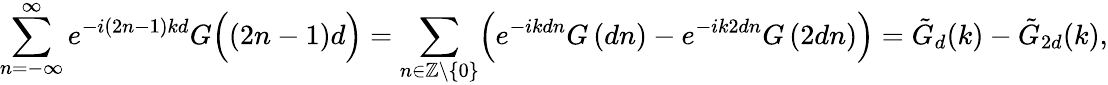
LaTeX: \sum_{n=-\infty}^{\infty}e^{-i(2n-1)kd}G\Bigl((2n-1)d\Bigr)=\sum_{n\in\mathbb{Z}\backslash\{ 0\} }\Bigl(e^{-ikdn}G\left(dn\right)-e^{-ik2dn}G\left(2dn\right)\Bigr)=\tilde{G}_{d}(k)-\tilde{G}_{2d}(k),